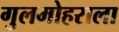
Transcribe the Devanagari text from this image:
गुलमोहराला